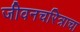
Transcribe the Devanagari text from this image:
जीवनचरित्राचा